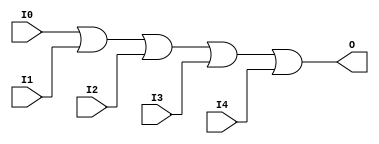
module X_OR5 (O, I0, I1, I2, I3, I4);

  output O;
  input I0, I1, I2, I3, I4;

  or (O, I0, I1, I2, I3, I4);

  specify

	(I0 => O) = (0:0:0, 0:0:0);
	(I1 => O) = (0:0:0, 0:0:0);
	(I2 => O) = (0:0:0, 0:0:0);
	(I3 => O) = (0:0:0, 0:0:0);
	(I4 => O) = (0:0:0, 0:0:0);

	specparam PATHPULSE$ = 0;

  endspecify

endmodule